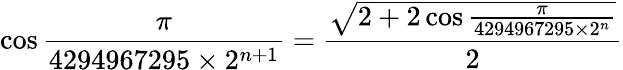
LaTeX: \cos{\frac{\pi}{4294967295\times 2^{n+1}}}={\frac{\sqrt{2+2\cos{\frac{\pi}{4294967295\times 2^{n}}}}}{2}}